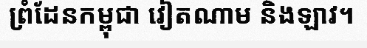
ព្រំដែនកម្ពុជា វៀតណាម និងឡាវ។